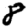
Digit: 8